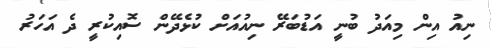
ނިއު އިން މިއަދު ބުނީ އަޑުބަރޭ ނިއުއަށް ކުޅެދޭން ސޮއިކުރީ ދެ އަހަރު